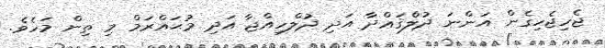
ޖެހިޖެހިގެން އަންނަ ޛުލްޤަޢްދާ އަދި ޛުލްހިއްޖާ އަދި މުޙައްރަމް މި ތިން މަހެވެ.